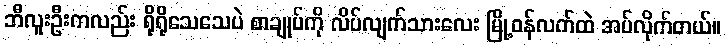
ဘီလူးဦးကလည်း ရိုရိုသေသေပဲ စာချုပ်ကို လိပ်လျက်သားလေး မြို့ဝန်လက်ထဲ အပ်လိုက်တယ်။